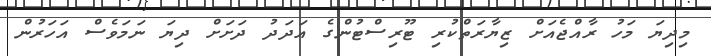
މިދިޔަ މަހު ރާއްޖެއަށް ޒިޔާރަތްކުރި ޓޫރިސްޓުންގެ އަދަދު ދަށަށް ދިޔަ ނަމަވެސް އަހަރުން